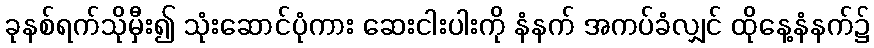
ခုနစ်ရက်သိုမှီး၍ သုံးဆောင်ပုံကား ဆေးငါးပါးကို နံနက် အကပ်ခံလျှင် ထိုနေ့နံနက်၌